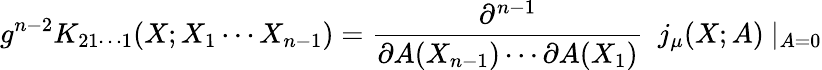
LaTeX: g^{n-2}K_{21\cdots 1}(X;X_{1}\cdots X_{n-1})={\frac{\partial^{n-1}}{\partial A(X_{n-1})\cdots\partial A(X_{1})}}\ \ j_{\mu}(X;A)\ \vert_{A=0}